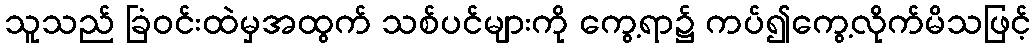
သူသည် ခြံဝင်းထဲမှအထွက် သစ်ပင်များကို ကွေ့ရာ၌ ကပ်၍ကွေ့လိုက်မိသဖြင့်